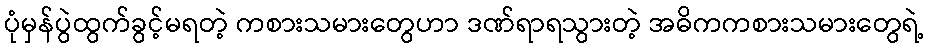
ပုံမှန်ပွဲထွက်ခွင့်မရတဲ့ ကစားသမားတွေဟာ ဒဏ်ရာရသွားတဲ့ အဓိကကစားသမားတွေရဲ့